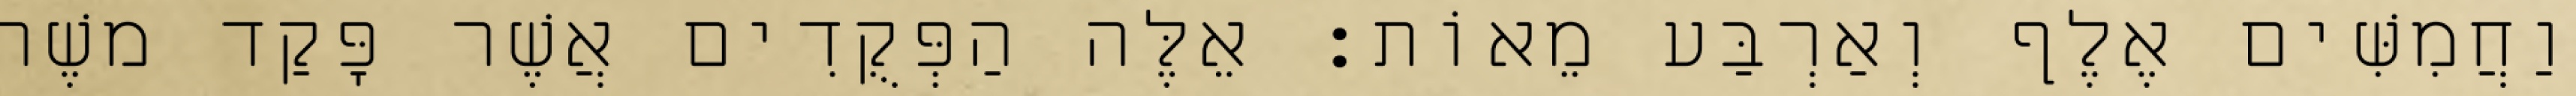
וַחֲמִשִּׁים אֶלֶף וְאַרְבַּע מֵאוֹת׃ אֵלֶּה הַפְּקֻדִים אֲשֶׁר פָּקַד משֶׁה